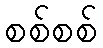
စစ်စစ်